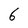
Character: 6